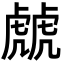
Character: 虤